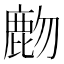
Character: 𪊖